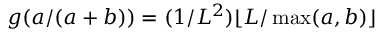
g ( a / ( a + b ) ) = ( 1 / L ^ { 2 } ) \lfloor L / \operatorname* { m a x } ( a , b ) \rfloor